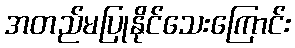
အတည်မပြုနိုင်သေးကြောင်း